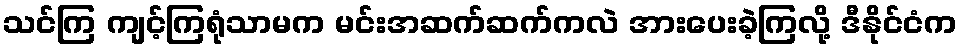
သင်ကြ ကျင့်ကြရုံသာမက မင်းအဆက်ဆက်ကလဲ အားပေးခဲ့ကြလို့ ဒီနိုင်ငံက